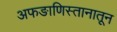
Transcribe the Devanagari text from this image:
अफङाणिस्तानातून